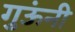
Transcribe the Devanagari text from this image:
गुऊंनी